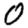
Digit: 0